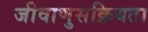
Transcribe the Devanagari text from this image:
जीवाणुसक्रियता